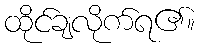
ထိုင်ချလိုက်ရ၏။